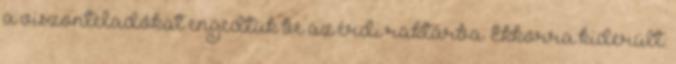
a viszonteladókat engedtük be az érdi raktárba. Ekkorra kiderült: